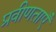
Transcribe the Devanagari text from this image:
प्रवीणताएँ